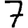
Digit: 7